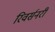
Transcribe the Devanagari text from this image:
रिवर्सनरी